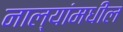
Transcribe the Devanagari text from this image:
नाल्यांमधील